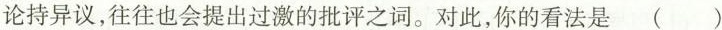
论持异议，往往也会提出过激的批评之词。对此，你的看法是()